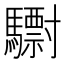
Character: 𩦾